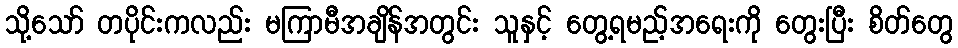
သို့သော် တပိုင်းကလည်း မကြာမီအချိန်အတွင်း သူနှင့် တွေ့ရမည့်အရေးကို တွေးပြီး စိတ်တွေ